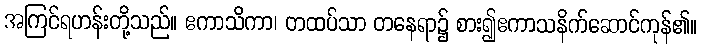
အကြင်ရဟန်းတို့သည်။ ဧကာသိကာ၊ တထပ်သာ တနေရာ၌ စား၍ဧကာသနိက်ဆောင်ကုန်၏။